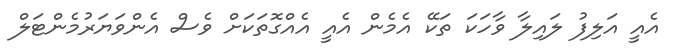
އެއީ އަލިފު ލައިލާ ވާހަކަ ތަކޭ އެމެން އެއީ އެއްގޮތަކަށް ވެސް އެންވަޔަރުމެންޓަލް